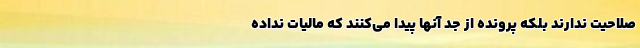
صلاحیت ندارند بلکه پرونده از جد آنها پیدا می‌کنند که مالیات نداده